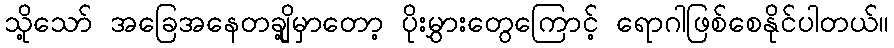
သို့သော် အခြေအနေတချို့မှာတော့ ပိုးမွှားတွေကြောင့် ရောဂါဖြစ်စေနိုင်ပါတယ်။